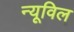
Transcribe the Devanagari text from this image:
न्यूविल